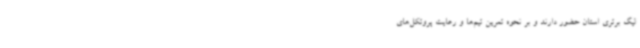
لیگ برتری استان حضور دارند و بر نحوه تمرین تیم‌ها و رعایت پروتکل‌های